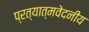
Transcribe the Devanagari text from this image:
प्रत्यात्मवेदनीय